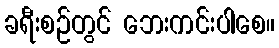
ခရီးစဉ်တွင် ဘေးကင်းပါစေ။